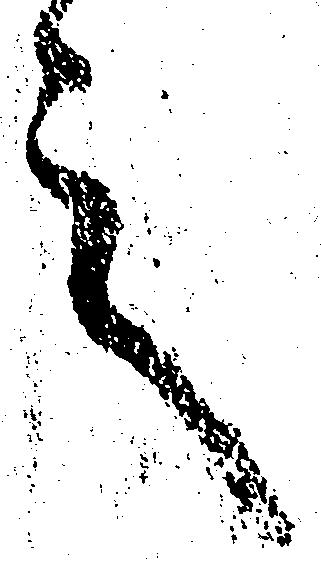
言